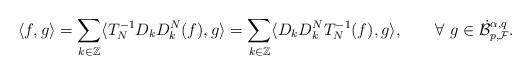
LaTeX: \begin{align*}\langle f, g\rangle =\sum_{k\in \Bbb Z} \langle T_N^{-1}D_kD_k^N(f), g \rangle =\sum_{k\in \Bbb Z} \langle D_kD_k^NT_N^{-1}(f), g \rangle, \qquad\forall\ g\in \dot{\mathcal B}^{\alpha,q}_{p,\mathcal F}.\end{align*}